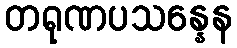
တရုဏပသန္နေန